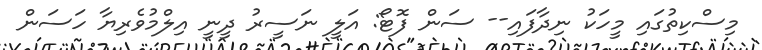
މިސްކިތުގައި މީހަކު ނިދާފައި-- ސަން ފޮޓޯ: އަލީ ނަސީރު ދީނީ އިލްމުވެރިޔާ ހަސަން